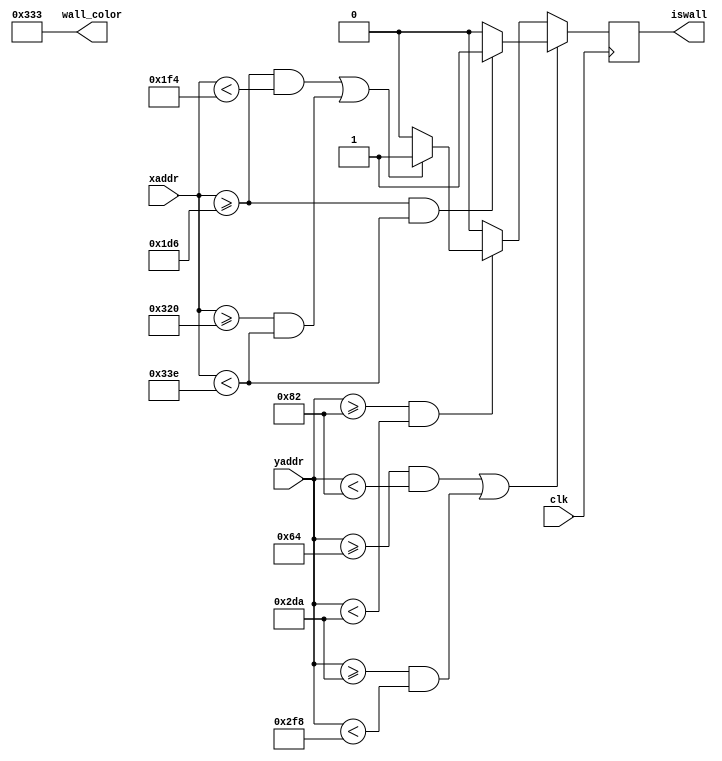
`timescale 1ns / 1ps
//////////////////////////////////////////////////////////////////////////////////
// Company: 
// Engineer: 
// 
// Design Name: 
// Module Name: backgroung
// Project Name: 
// Target Devices: 
// Tool Versions: 
// Description: 
// 
// Dependencies: 
// 
// Revision:
// Revision 0.01 - File Created
// Additional Comments:
// 
//////////////////////////////////////////////////////////////////////////////////


module backgroung(
    input clk,
    input[10:0] xaddr,
    input[9:0] yaddr,
    output iswall,
    output [11:0] wall_color
    );

    parameter  x_start = 470;
    parameter  y_start = 100;
    parameter  block = 30;
    
    reg reg_wall;
    assign iswall = reg_wall;
    assign wall_color = 12'h333;
    
    always@(posedge clk) begin //Display background boundarys
        if ((yaddr >= y_start && yaddr < y_start+block)||(yaddr >= y_start+21*block && yaddr < y_start+22*block))
            if (xaddr >= x_start && xaddr < x_start+12*block) reg_wall=1;
            else reg_wall<=0;
        else if (yaddr >= y_start+block && yaddr < y_start+21*block)
            if ((xaddr >= x_start && xaddr < x_start+block)||(xaddr >= x_start+11*block && xaddr < x_start+12*block))
                reg_wall<=1;
            else reg_wall<=0;
        else reg_wall<=0;   
    end
endmodule